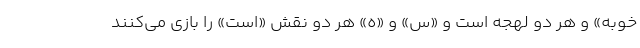
‌خوبه» و هر دو لهجه است و «س» و «ه» هر دو نقش «است» را بازی می‌کنند